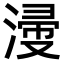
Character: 𣹰